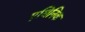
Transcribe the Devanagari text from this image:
एथिनिक